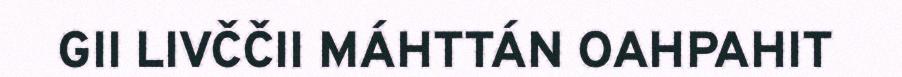
GII LIVČČII MÁHTTÁN OAHPAHIT